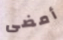
أمضى